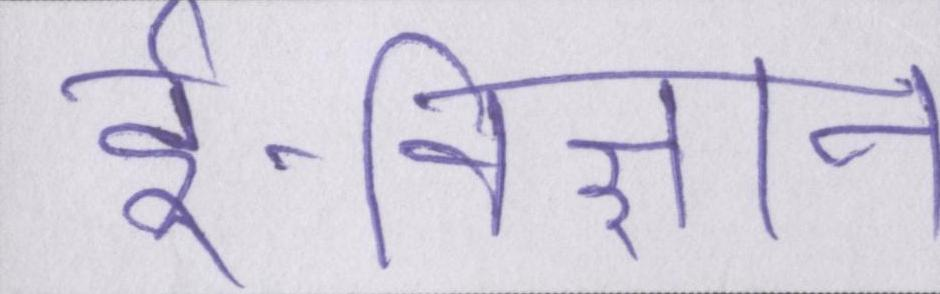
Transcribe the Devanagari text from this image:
ई-विज्ञान